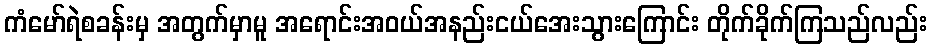
ကံမော်ရဲစခန်းမှ အတွက်မှာမူ အရောင်းအဝယ်အနည်းငယ်အေးသွားကြောင်း တိုက်ခိုက်ကြသည်လည်း